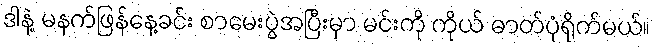
ဒါနဲ့ မနက်ဖြန်နေ့ခင်း စာမေးပွဲအပြီးမှာ မင်းကို ကိုယ် ဓာတ်ပုံရိုက်မယ်။